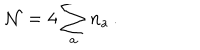
{ \cal N } = 4 \sum _ { a } n _ { a } \, .